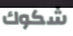
شكوك